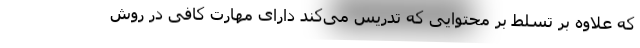
که علاوه بر تسلط بر محتوایی که تدریس می‌کند دارای مهارت کافی در روش